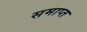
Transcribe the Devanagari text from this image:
समाप्त